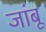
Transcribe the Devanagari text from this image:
जांबू